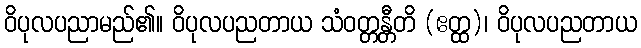
ဝိပုလပညာမည်၏။ ဝိပုလပညတာယ သံဝတ္တန္တီတိ (ဧတ္ထ)၊ ဝိပုလပညတာယ